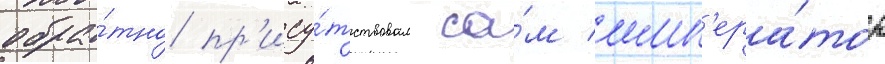
обра́тно пр'ису́тствовал са́м имп'ера́тор